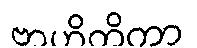
ဗာဟိတိကာ